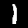
Label: 1